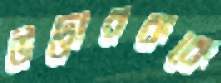
উদ্ভাবককে